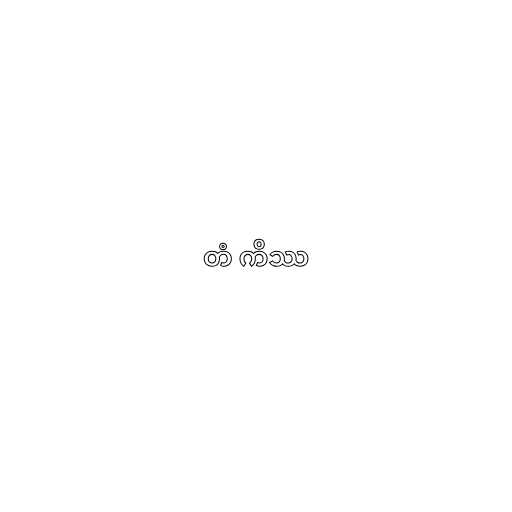
တံ ကိဿ